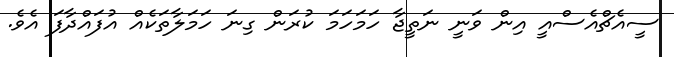
ސީއެޗްއެސްއީ އިން ވަނީ ނަތީޖާ ހަމަހަމަ ކުރަން ގިނަ ހަމަލާތަކެއް އުފައްދާފަ އެވެ.